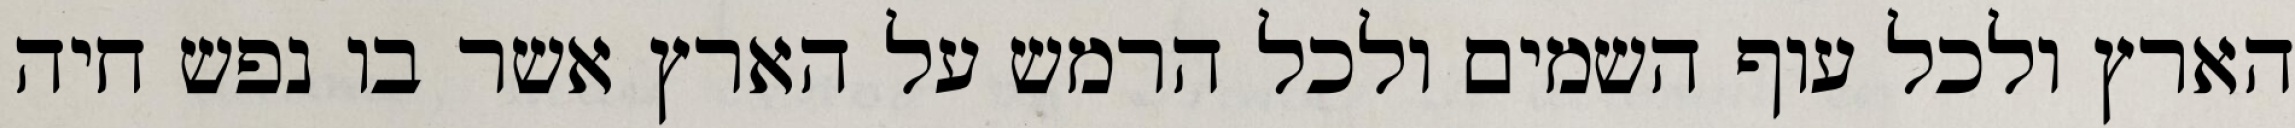
הארץ ולכל עוף השמים ולכל הרמש על הארץ אשר בו נפש חיה